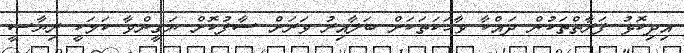
އިދިކޮޅު ފަރާތްތަކުން ދައްކާ ވާހަކަތަކަށް ބަލާއިރު ވަަރަށް ސާފުކޮށް ޔަގީންވާ ކަމަކީ ރިޔާސީ